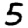
Digit: 5